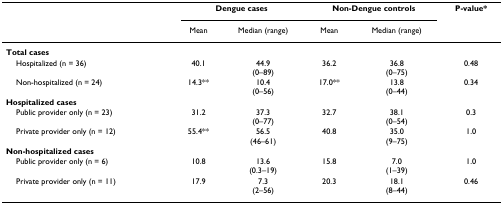
|  | <COLSPAN=2> Dengue cases | <COLSPAN=2> Non-Dengue controls | P-value* |
 |  | Mean | Median (range) | Mean | Median (range) |  |
 | --- | --- | --- | --- | --- | --- |
 | Total cases |  |  |  |  |  |
 | Hospitalized (n = 36) | 40.1 | 44.9(0–89) | 36.2 | 36.8(0–75) | 0.48 |
 | Non-hospitalized (n = 24) | 14.3** | 10.4(0–56) | 17.0** | 13.8(0–44) | 0.34 |
 | Hospitalized cases |  |  |  |  |  |
 | Public provider only (n = 23) | 31.2 | 37.3(0–77) | 32.7 | 38.1(0–54) | 0.3 |
 | Private provider only (n = 12) | 55.4** | 56.5(46–61) | 40.8 | 35.0(9–75) | 1.0 |
 | Non-hospitalized cases |  |  |  |  |  |
 | Public provider only (n = 6) | 10.8 | 13.6(0.3–19) | 15.8 | 7.0(1–39) | 1.0 |
 | Private provider only (n = 11) | 17.9 | 7.3(2–56) | 20.3 | 18.1(8–44) | 0.46 |